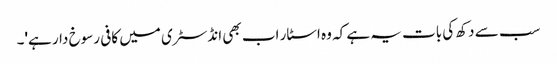
سب سے دکھ کی بات یہ ہے کہ وہ اسٹار اب بھی انڈسٹری میں کافی رسوخ دار ہے'۔